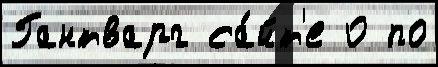
Гантварг са́йт'е 0 по